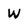
Character: W